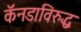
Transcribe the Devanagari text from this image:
कॅनडाविरुद्ध